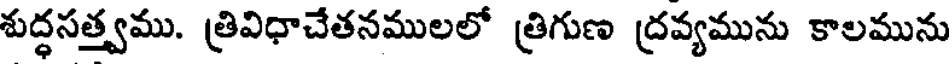
శుద్ధసత్త్వము. త్రివిధాచేతనములలో త్రిగుణ ద్రవ్యమును కాలమును